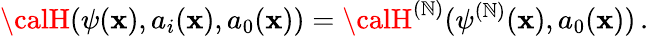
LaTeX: {\calH}(\psi(\mathbf{x}),a_{i}(\mathbf{x}),a_{0}(\mathbf{x}))={\calH}^{(\mathbb{N})}(\psi^{(\mathbb{N})}(\mathbf{x}),a_{0}(\mathbf{x}))\, .